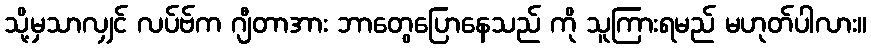
သို့မှသာလျှင် လပ်ဗ်က ဂျီတာအား ဘာတွေပြောနေသည် ကို သူကြားရမည် မဟုတ်ပါလား။